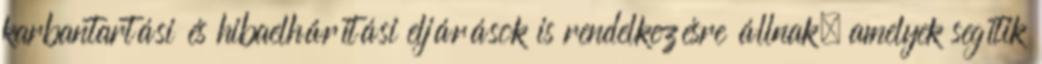
karbantartási és hibaelhárítási eljárások is rendelkezésre állnak, amelyek segítik